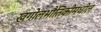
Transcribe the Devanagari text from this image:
खगोलभौतिकीमधील